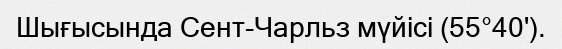
Шығысында Сент-Чарльз мүйісі (55°40').